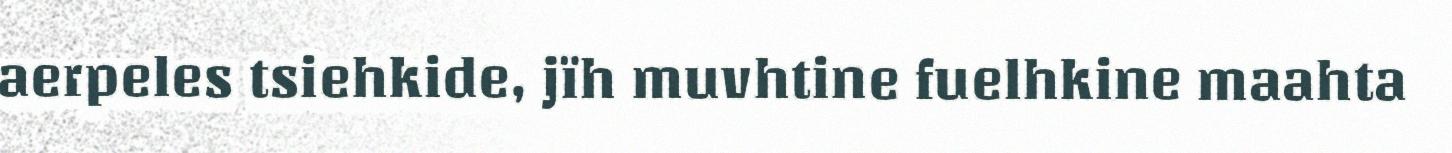
aerpeles tsiehkide, jïh muvhtine fuelhkine maahta